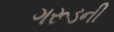
ગરૂડની